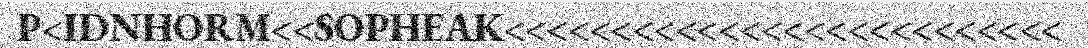
P<IDNHORM<<SOPHEAK<<<<<<<<<<<<<<<<<<<<<<<<<<